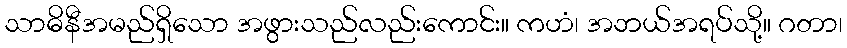
သာဓိနီအမည်ရှိသော အဖွားသည်လည်းကောင်း။ ကဟံ၊ အဘယ်အရပ်သို့။ ဂတာ၊